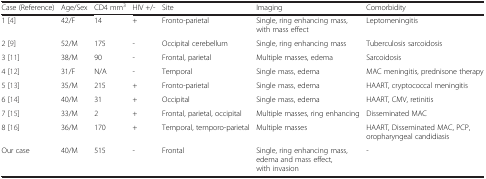
<table><thead><tr><td><b>Case (Reference)</b></td><td><b>Age/Sex</b></td><td><b>CD4 mm<sup>3</sup></b></td><td><b>HIV +/-</b></td><td><b>Site</b></td><td><b>Imaging</b></td><td><b>Comorbidity</b></td></tr></thead><tbody><tr><td>1 [4]</td><td>42/F</td><td>14</td><td>+</td><td>Fronto-parietal</td><td>Single, ring enhancing mass, with mass effect</td><td>Leptomeningitis</td></tr><tr><td>2 [9]</td><td>52/M</td><td>175</td><td>-</td><td>Occipital cerebellum</td><td>Single, ring enhancing mass</td><td>Tuberculosis sarcoidosis</td></tr><tr><td>3 [11]</td><td>38/M</td><td>90</td><td>-</td><td>Frontal, parietal</td><td>Multiple masses, edema</td><td>Sarcoidosis</td></tr><tr><td>4 [12]</td><td>31/F</td><td>N/A</td><td>-</td><td>Temporal</td><td>Single mass, edema</td><td>MAC meningitis, prednisone therapy</td></tr><tr><td>5 [13]</td><td>35/M</td><td>215</td><td>+</td><td>Fronto-parietal</td><td>Single mass, edema</td><td>HAART, cryptococcal meningitis</td></tr><tr><td>6 [14]</td><td>40/M</td><td>31</td><td>+</td><td>Occipital</td><td>Single mass, edema</td><td>HAART, CMV, retinitis</td></tr><tr><td>7 [15]</td><td>33/M</td><td>2</td><td>+</td><td>Frontal, parietal, occipital</td><td>Multiple masses, ring enhancing</td><td>Disseminated MAC</td></tr><tr><td>8 [16]</td><td>36/M</td><td>170</td><td>+</td><td>Temporal, temporo-parietal</td><td>Multiple masses</td><td>HAART, Disseminated MAC, PCP, oropharyngeal candidiasis</td></tr><tr><td>Our case</td><td>40/M</td><td>515</td><td>-</td><td>Frontal</td><td>Single, ring enhancing mass, edema and mass effect, with invasion</td><td>-</td></tr></tbody></table>